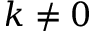
k \ne 0